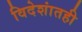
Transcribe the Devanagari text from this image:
विदेशांतही